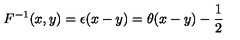
F ^ { - 1 } ( x , y ) = \epsilon ( x - y ) = \theta ( x - y ) - { \frac { 1 } { 2 } }